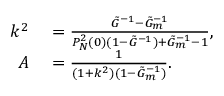
\begin{array} { r l } { k ^ { 2 } } & { { } = \frac { \tilde { G } ^ { - 1 } - \tilde { G } _ { m } ^ { - 1 } } { P _ { N } ^ { 2 } ( 0 ) ( 1 - \tilde { G } ^ { - 1 } ) + \tilde { G } _ { m } ^ { - 1 } - 1 } , } \\ { A } & { { } = \frac { 1 } { ( 1 + k ^ { 2 } ) ( 1 - \tilde { G } _ { m } ^ { - 1 } ) } . } \end{array}